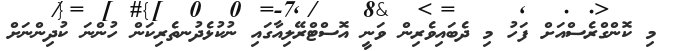
މި ކޮންގްރެސްއަށް ފަހު މި ދެބައިވެރިން ވަނީ އޮސްޓްރޭލިއާގައި ނުކުޅެދުނތެރިކަން ހުންނަ ކުދިންނަށް